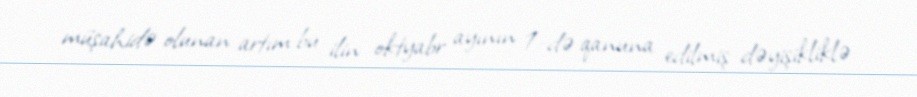
müşahidə olunan artım bu ilin oktyabr ayının 1-də qanuna edilmiş dəyişikliklə